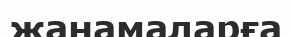
жанамаларға